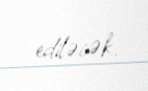
ediləcək.